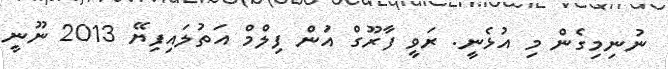
ނުނިމިގެން މި އުޅެނީ. ރަވީ ފާރޫގް އަުން ފިލްމް އަތުލައިފިޔޭ 2013 ނޫނީ